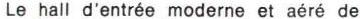
Le hall d'entrée moderne et aéré de